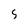
Character: 5